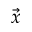
\vec { x }